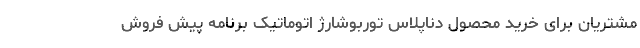
مشتریان برای خرید محصول دناپلاس توربوشارژ اتوماتیک برنامه پیش فروش